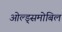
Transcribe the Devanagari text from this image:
ओल्ड्समोबिल